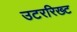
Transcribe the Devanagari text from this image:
उटररिख्ट